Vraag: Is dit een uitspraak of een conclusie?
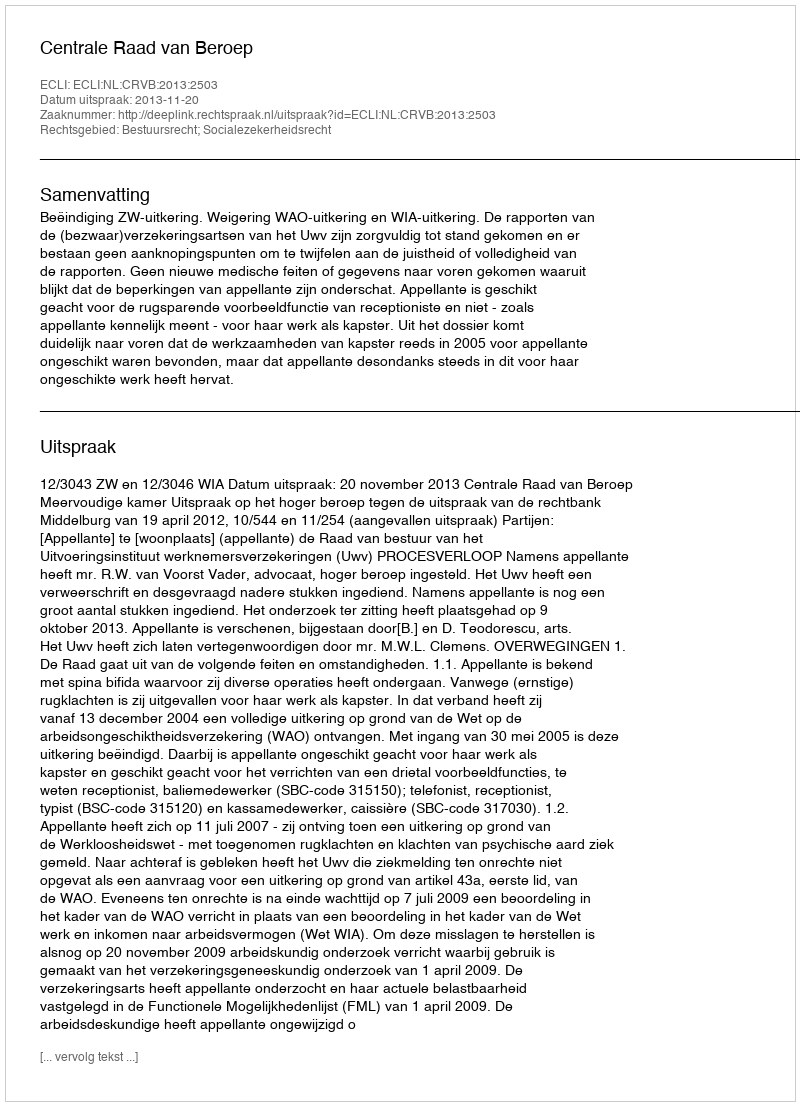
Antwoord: Uitspraak